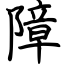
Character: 障